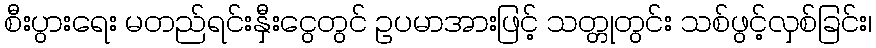
စီးပွားရေး မတည်ရင်းနှီးငွေတွင် ဥပမာအားဖြင့် သတ္တုတွင်း သစ်ဖွင့်လှစ်ခြင်း၊